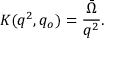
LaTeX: K ( q ^ { 2 } , q _ { o } ) = { \frac { \bar { \Omega } } { q ^ { 2 } } } .